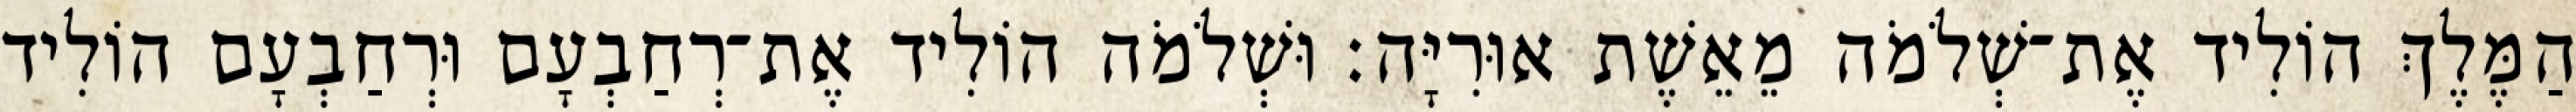
הַמֶּלֶךְ הוֹלִיד אֶת־שְׁלֹמֹה מֵאֵשֶׁת אוּרִיָּה׃ וּשְׁלֹמֹה הוֹלִיד אֶת־רְחַבְעָם וּרְחַבְעָם הוֹלִיד